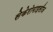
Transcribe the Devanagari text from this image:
सेकेरोमाइसीज